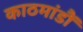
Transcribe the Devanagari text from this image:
काठमांडौं